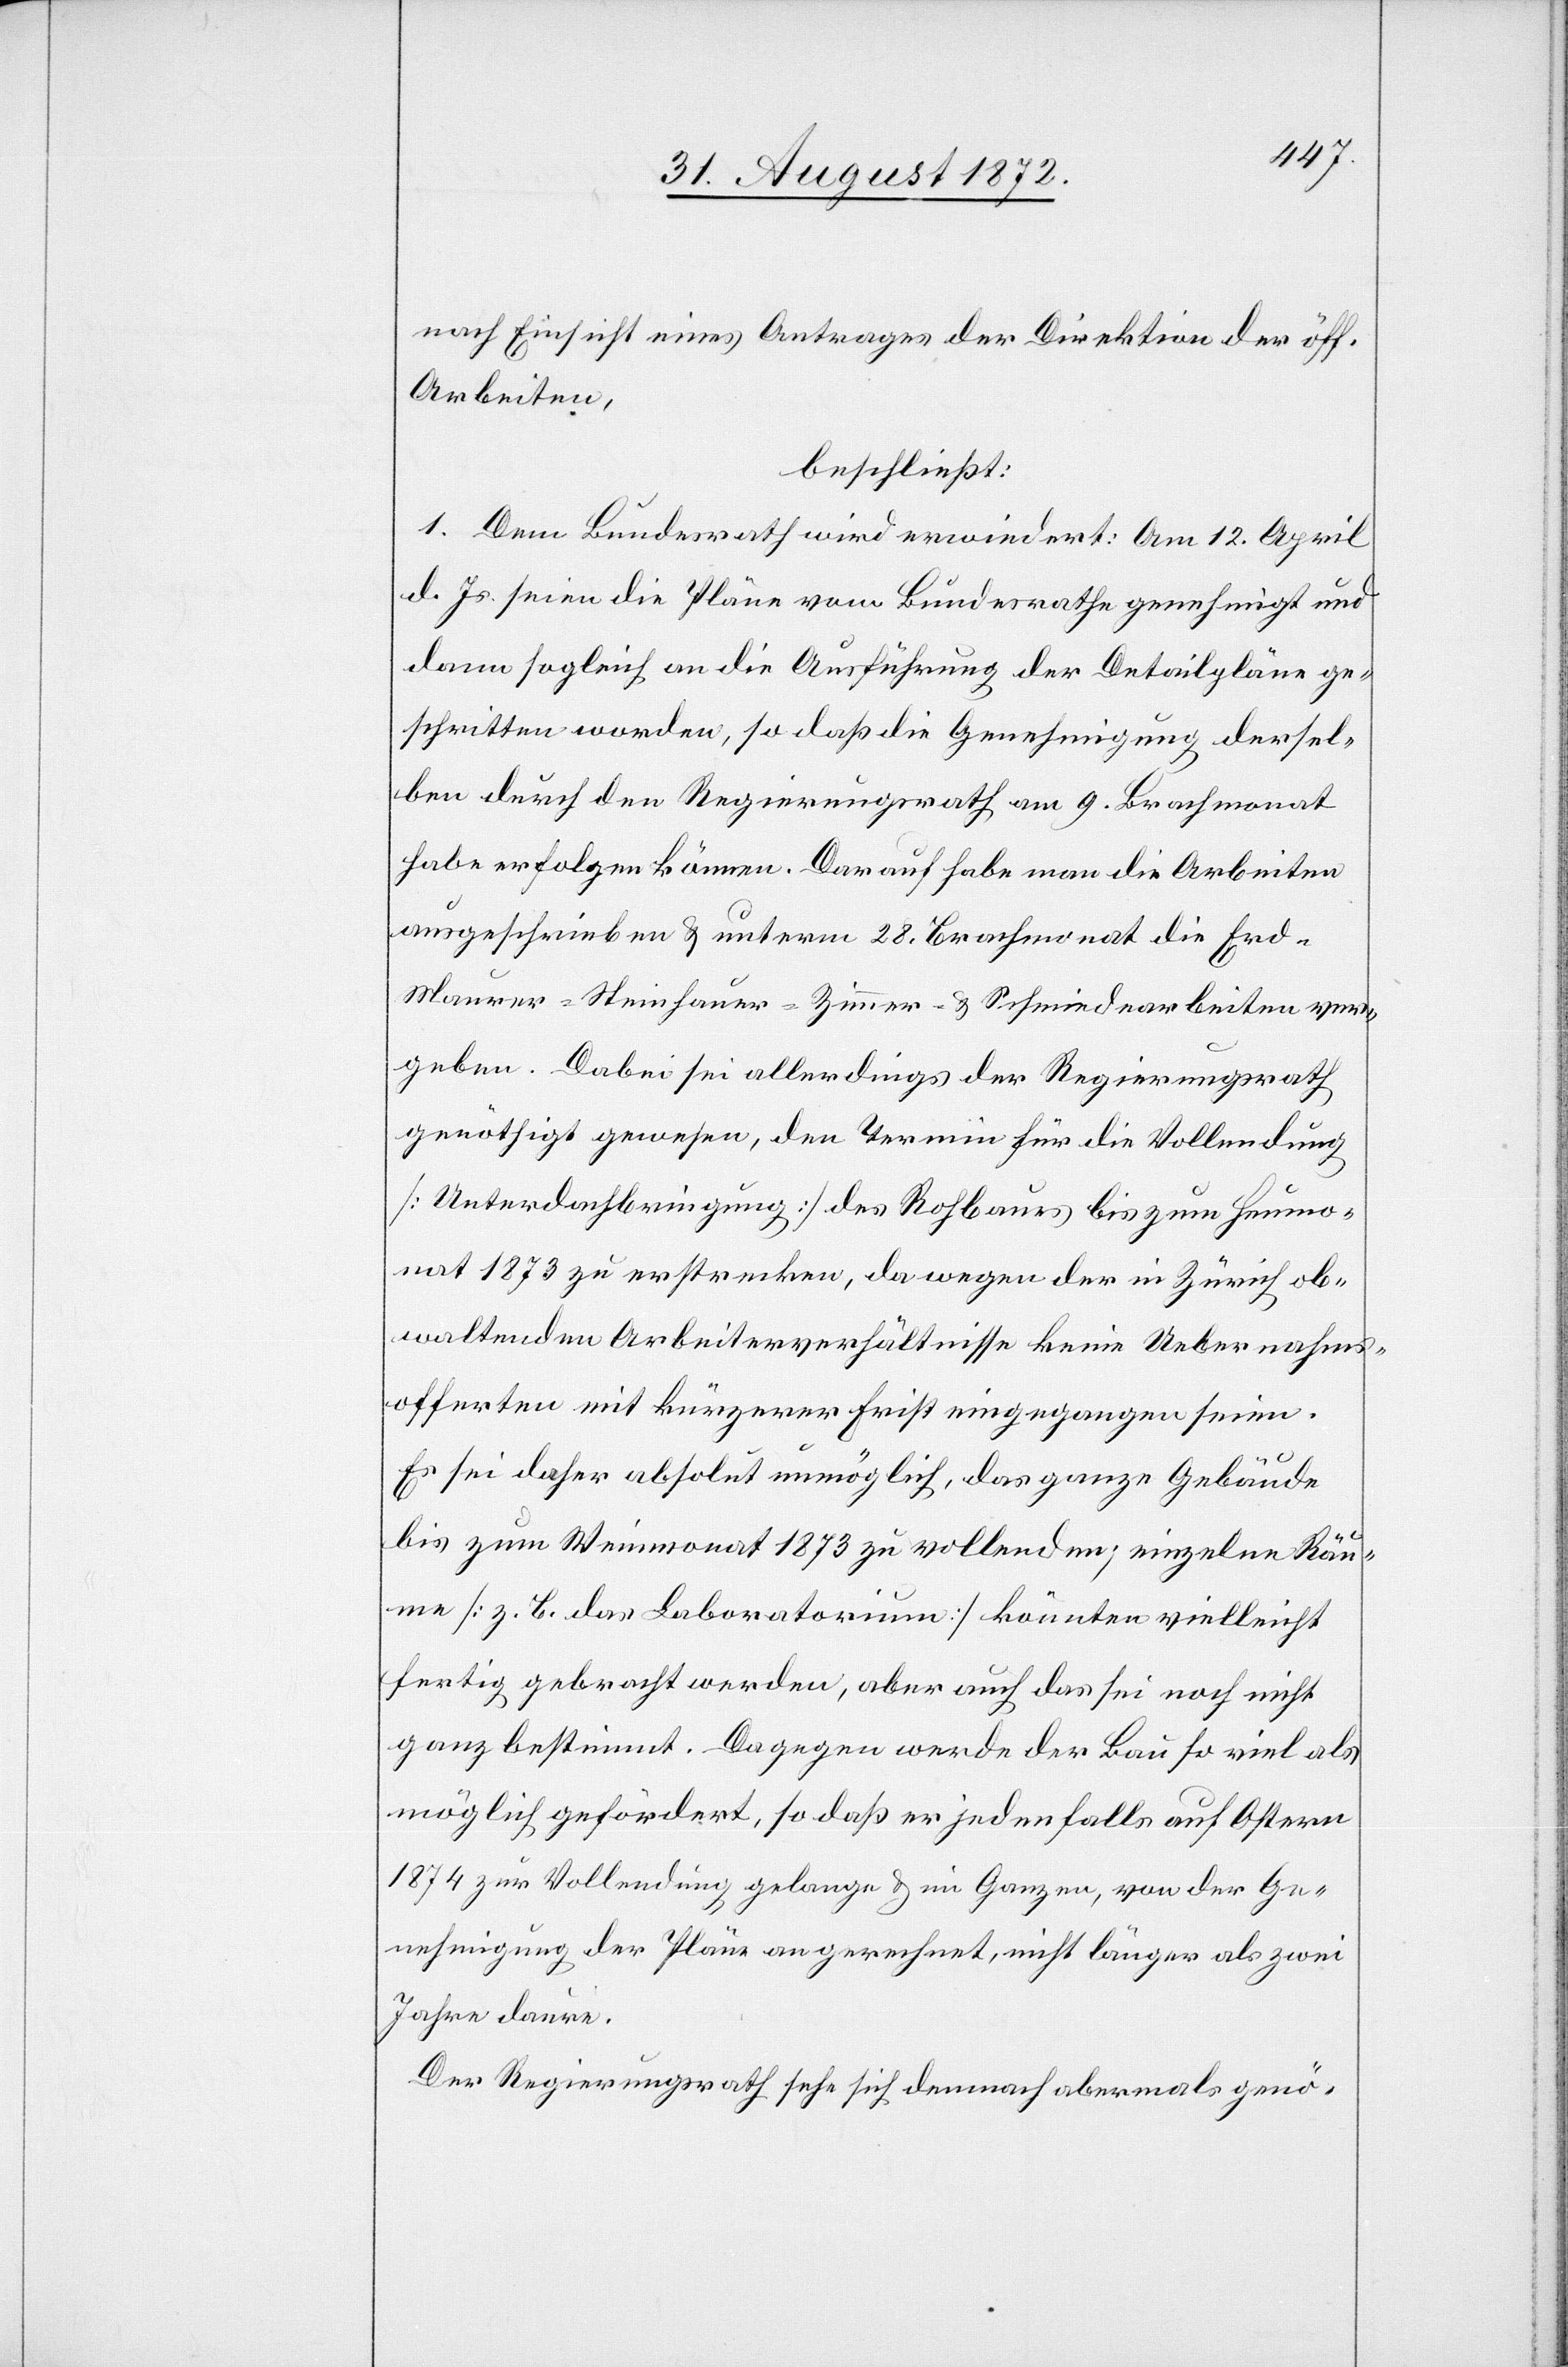
nach Einsicht eines Antrages der Direktion der öff.
Arbeiten,
beschließt:
1. Dem Bundesrath wird erwiedert: Am 12. April
d. Js. seien die Pläne vom Bundesrathe genehmigt und
dann sogleich an die Ausführung der Detailpläne ge¬
schritten worden, so daß die Genehmigung dersel¬
ben durch den Regierungsrath am 9. Brachmonat
habe erfolgen können. Darauf habe man die Arbeiten
ausgeschrieben u. unterm 28. Brachmonat die Erd-
Maurer- Steinhauer- Zimmer- u. Schmiedearbeiten ver¬
geben. Dabei sei allerdings der Regierungsrath
genöthigt gewesen, den Termin für die Vollendung
[Unterdachbringung] des Rohbaues bis zum Heumo¬
nat 1873 zu erstrecken, da wegen der in Zürich ob¬
waltenden Arbeiterverhältnisse keine Uebernahms¬
offerten mit kürzerer Frist eingegangen seien.
Es sei daher absolut unmöglich, das ganze Gebäude
bis zum Weinmonat 1873 zu vollenden; einzelne Räu¬
me [z. B. das Laboratorium] könnten vielleicht
fertig gebracht werden, aber auch das sei noch nicht
ganz bestimmt. Dagegen werde der Bau so viel als
möglich gefördert, so daß er jedenfalls auf Ostern
1874 zur Vollendung gelange u. im Ganzen, von der Ge¬
nehmigung der Pläne angerechnet, nicht länger als zwei
Jahre daure.
Der Regierungsrath sehe sich demnach abermals genö-